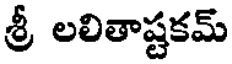
శ్రీ లలితాష్టకమ్